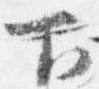
下